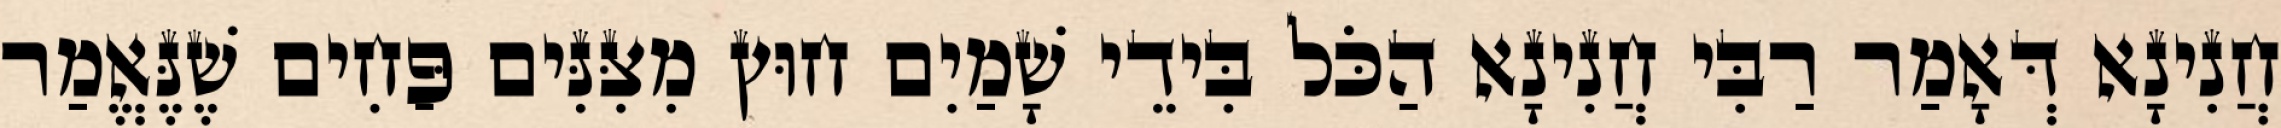
חֲנִינָא דְּאָמַר רַבִּי חֲנִינָא הַכֹּל בִּידֵי שָׁמַיִם חוּץ מִצִּנִּים פַּחִים שֶׁנֶּאֱמַר